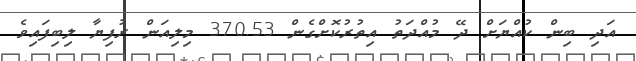
އަދި ބިން ކުއްޔަށް ދޭ މުއްދަތު އިތުރުކޮށްގެން 370.53 މިލިއަން ރުފިޔާ ލިބިފައިވެ